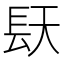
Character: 𮸤